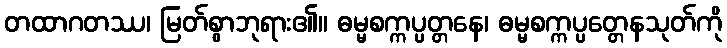
တထာဂတဿ၊ မြတ်စွာဘုရား၏။ ဓမ္မစက္ကပ္ပတ္တနေ၊ ဓမ္မစက္ကပ္ပတ္တေနသုတ်ကို